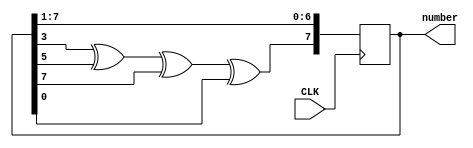
//Alex Johnson March 2019
//Module to implement a Fibonacci Linear Feedback shift register to
//be used as a random number generator
module LFSR(input CLK, output reg [7:0]number);
	//use a random 8 bit value as the starting value
	parameter start_state = 8'b01101010;
	reg least;
	
	initial
	begin
		number = start_state;
	end
	
	always@(posedge CLK)
	begin
		least = number[0];
		number = number >> 1;
		//use bits 3,4, and 6 as the feedback taps for the register
		number[7] = number[2] ^ number[4] ^ number[6] ^ least;
	end
endmodule